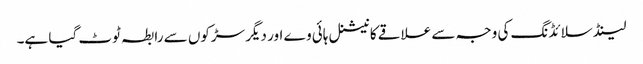
لینڈ سلائڈنگ کی وجہ سے علاقے کا نیشنل ہائی وے اور دیگر سڑکوں سے رابطہ ٹوٹ گیا ہے۔